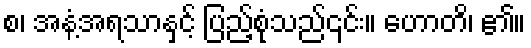
စ၊ အနံ့အရသာနှင့် ပြည့်စုံသည်၎င်း။ ဟောတိ၊ ၏။